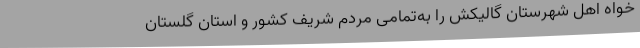
خواه اهل شهرستان گالیکش را به‌تمامی مردم شریف کشور و استان گلستان